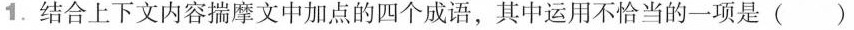
1.结合上下文内容揣摩文中加点的四个成语，其中运用不恰当的一项是（ ）